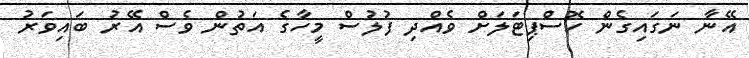
އޭނާ ނަގައިގެން ހޮސްޕިޓަލަށް ވެއްދި ފުލުސް މީހާގެ އަތުން ވެސް އޭރު ބައިވަރު